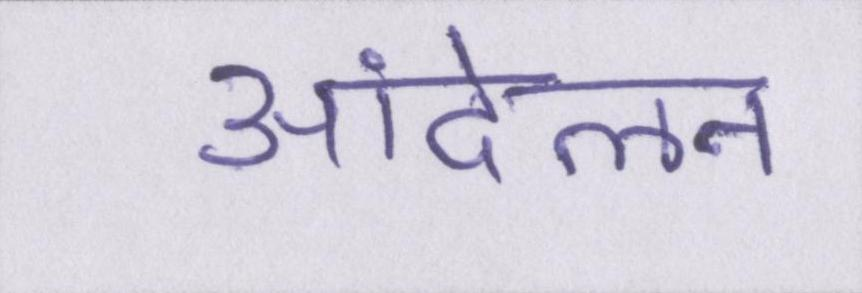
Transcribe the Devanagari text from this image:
आंदेलन